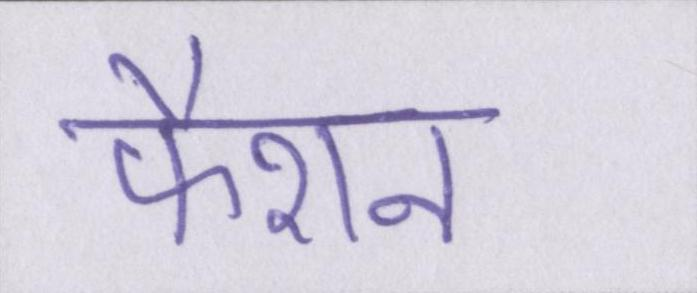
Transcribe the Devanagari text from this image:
फैशन